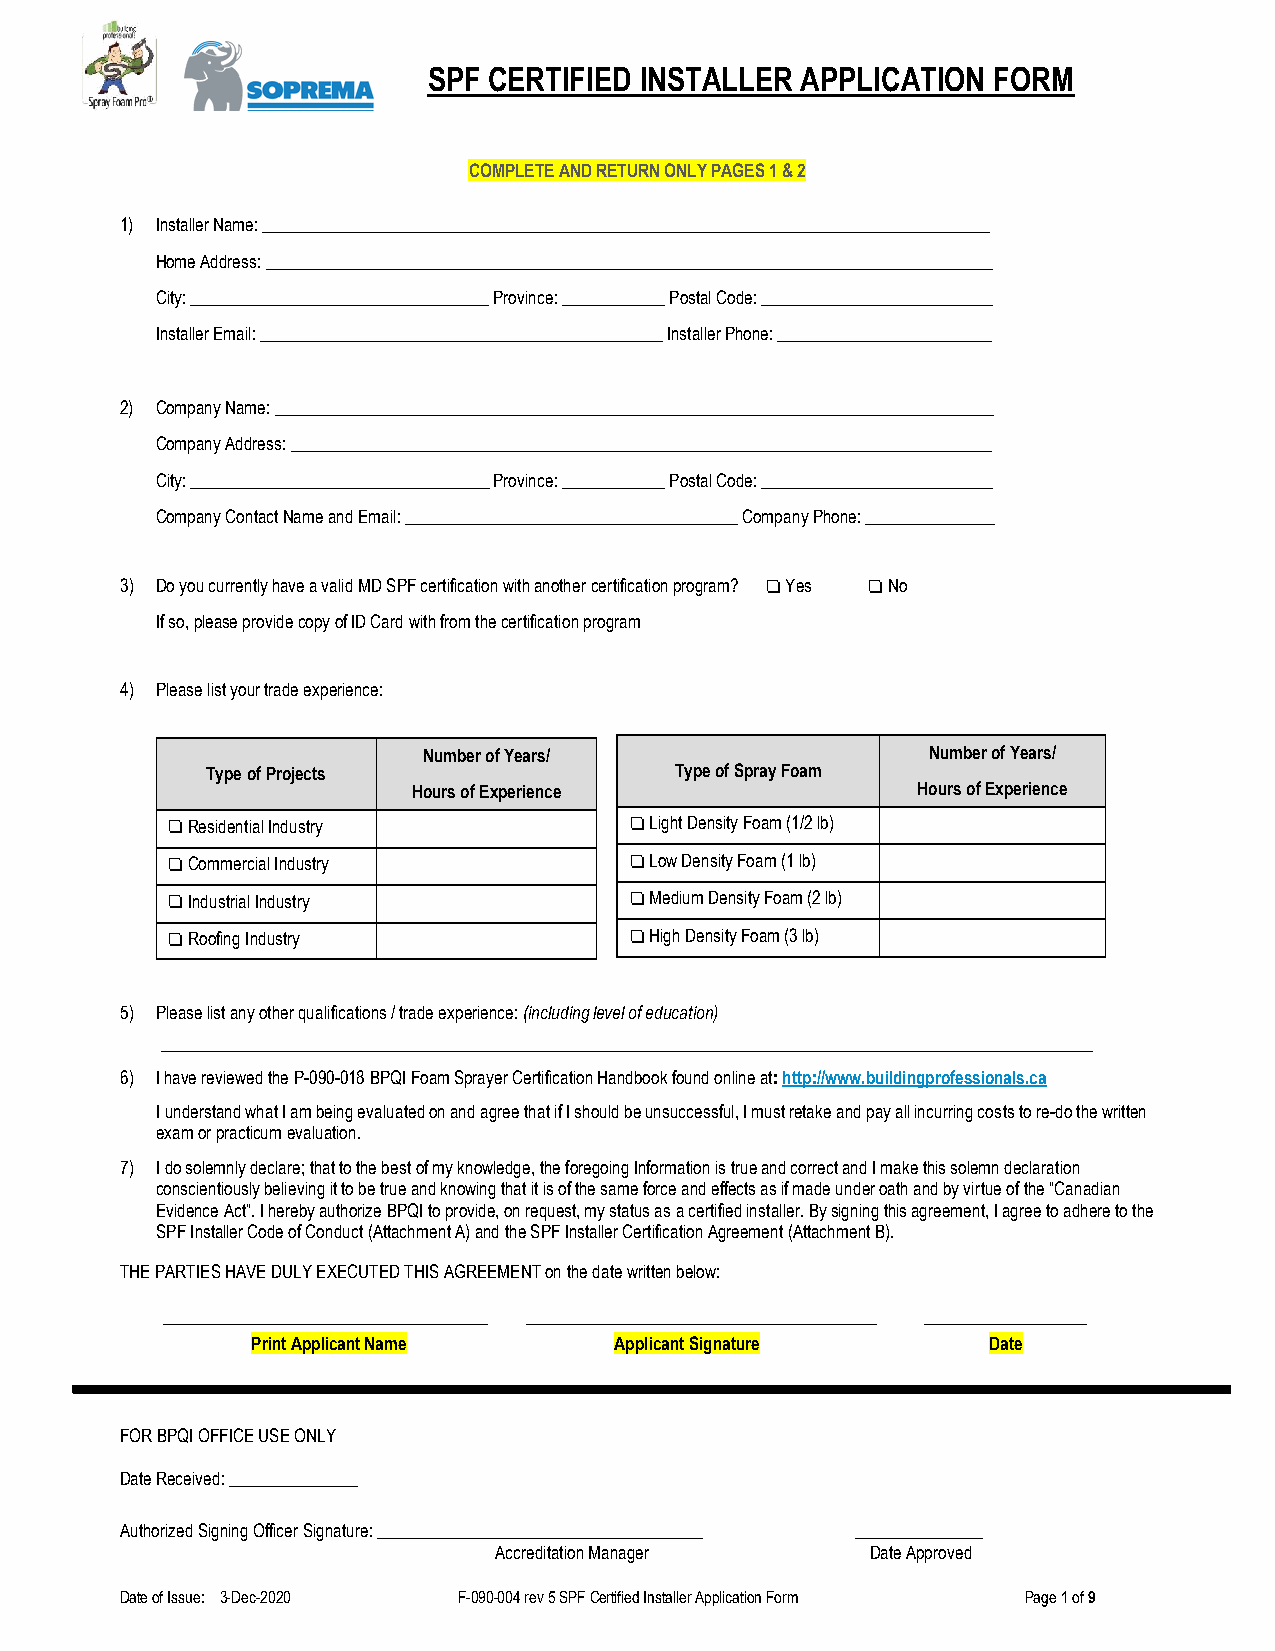
SPF CERTIFIED INSTALLER  APPLICATION  FORM
 COMPLETE AND RETURN ONLY PAGES 1 & 2
 1) Installer Name: _____________________________________________________________________________________
 Home Address: _____________________________________________________________________________________
 City: ___________________________________ Province: ____________ Postal Code: ___________________________
 Installer Email: _______________________________________________ Installer Phone: _________________________
 2) Company Name: ____________________________________________________________________________________
 Company Address: __________________________________________________________________________________
 City: ___________________________________ Province: ____________ Postal Code: ___________________________
 Company Contact Name and Email: _______________________________________ Company Phone: _______________
 3) Do you currently have a valid MD SPF certification with another certification program? ❏ Yes ❏ No
 If so, please provide copy of ID Card with from the certification program
 4) Please list your trade experience:
 Number of Years/                 Number of Years/
 Type of Projects               Type of Spray Foam
 Hours of Experience               Hours of Experience
 ❏ Residential Industry         ❏ Light Density Foam (1/2 lb)
 ❏ Commercial Industry          ❏ Low Density Foam (1 lb)
 ❏ Industrial Industry          ❏ Medium Density Foam (2 lb)
 ❏ Roofing Industry             ❏ High Density Foam (3 lb)
 5) Please list any other qualifications / trade experience: (including level of education)
 _____________________________________________________________________________________________________________
 6) I have reviewed the P-090-018 BPQI Foam Sprayer Certification Handbook found online at: http://www.buildingprofessionals.ca
 I understand what I am being evaluated on and agree that if I should be unsuccessful, I must retake and pay all incurring costs to re-do the written
 exam or practicum evaluation.
 7) I do solemnly declare; that to the best of my knowledge, the foregoing Information is true and correct and I make this solemn declaration
 conscientiously believing it to be true and knowing that it is of the same force and effects as if made under oath and by virtue of the “Canadian
 Evidence Act”. I hereby authorize BPQI to provide, on request, my status as a certified installer. By signing this agreement, I agree to adhere to the
 SPF Installer Code of Conduct (Attachment A) and the SPF Installer Certification Agreement (Attachment B).
 THE PARTIES HAVE DULY EXECUTED THIS AGREEMENT on the date written below:
 ______________________________________ _________________________________________ ___________________
 Print Applicant Name    Applicant Signature     Date
 FOR BPQI OFFICE USE ONLY
 Date Received: _______________
 Authorized Signing Officer Signature: ______________________________________ _______________
 Accreditation Manager    Date Approved
 Date of Issue: 3-Dec-2020 F-090-004 rev 5 SPF Certified Installer Application Form Page 1 of 9